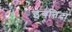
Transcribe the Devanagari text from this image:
इबतिदा